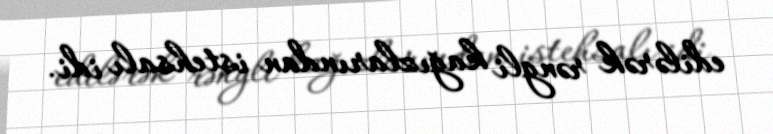
edilərək rəngli kağızlarından istehsalı idi.